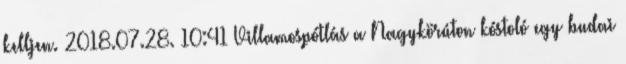
kelljen. 2018.07.28. 10:41 Villamospótlás a Nagykörúton kóstoló egy budai